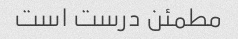
مطمئن درست است